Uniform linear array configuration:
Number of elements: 4
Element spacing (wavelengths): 0.75
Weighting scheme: hann
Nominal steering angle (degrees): -15
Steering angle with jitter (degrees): -13.484
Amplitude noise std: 0.05
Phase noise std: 0.05

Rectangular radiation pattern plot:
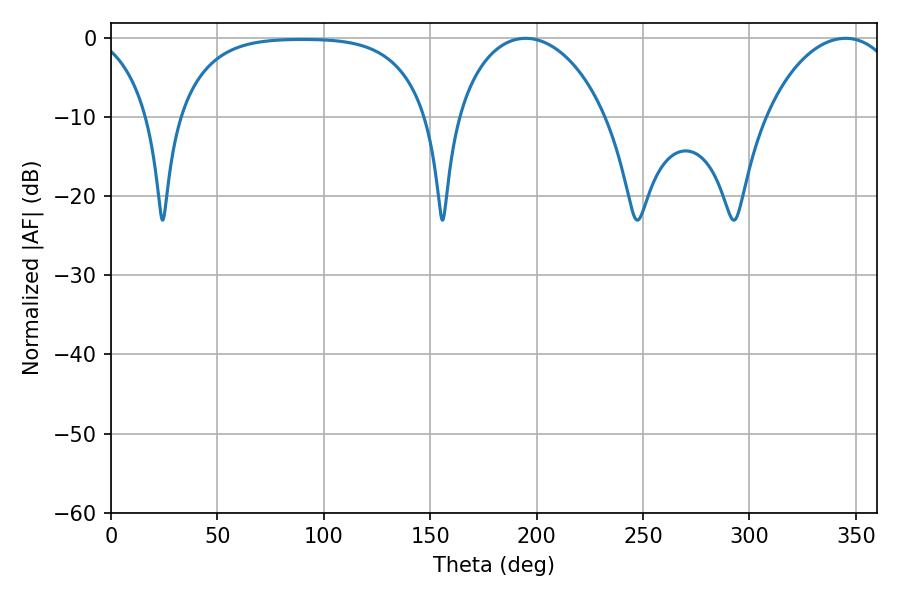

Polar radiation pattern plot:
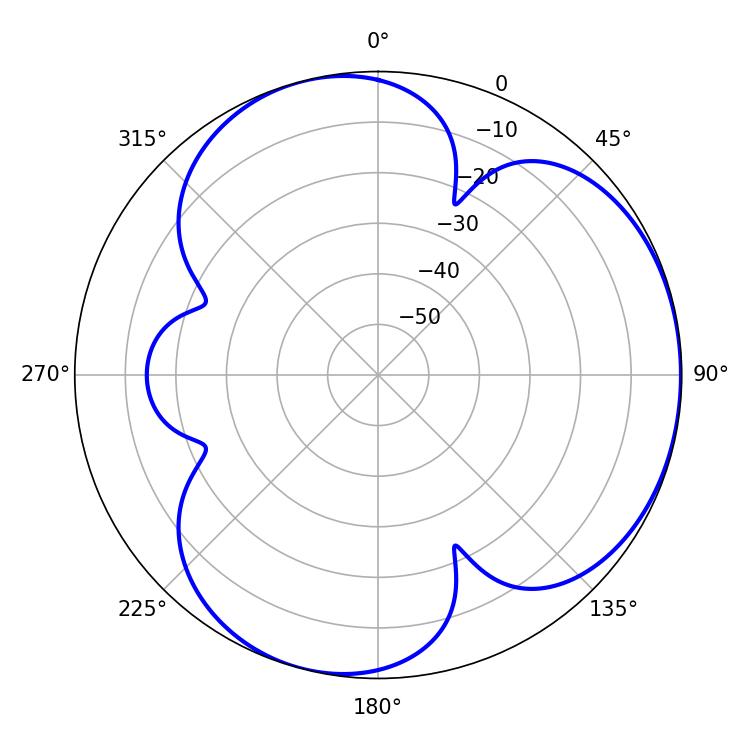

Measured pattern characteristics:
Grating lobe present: TRUE
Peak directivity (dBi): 3.858
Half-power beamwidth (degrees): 40.5
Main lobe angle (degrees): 194.76